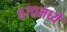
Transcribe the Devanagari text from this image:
६७०मध्ये